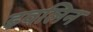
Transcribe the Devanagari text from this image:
इवलिन